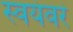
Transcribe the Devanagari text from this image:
स्वयंवरं